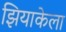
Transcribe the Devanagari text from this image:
झियाकेला